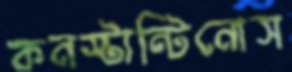
কনস্টান্টিনোস